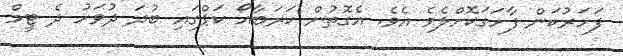
ފަހަރުކަން ފާހަގަކޮށްލެވެ އެވެ. އެގޮތުން ކަރަބާއޯ ކަޕްގައި ބުދަ ދުވަހު ދެ ޓީމް